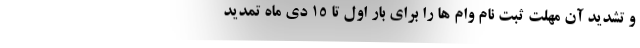
و تشدید آن مهلت ثبت نام وام ها را برای بار اول تا 15 دی ماه تمدید